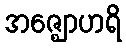
အဇ္ဈောဟရိ